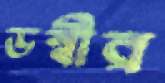
ডন্বীর